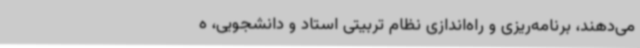
می‌دهند، برنامه‌ریزی و راه‌اندازی نظام تربیتی استاد و دانشجویی، ه